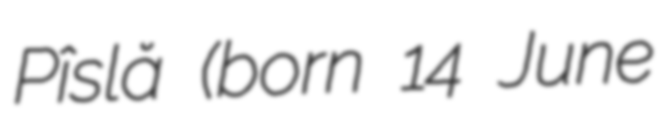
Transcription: Pîslă (born 14 June